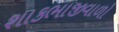
શાકભાજીવાળો